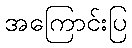
အကြောင်းပြ